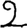
Digit: 2